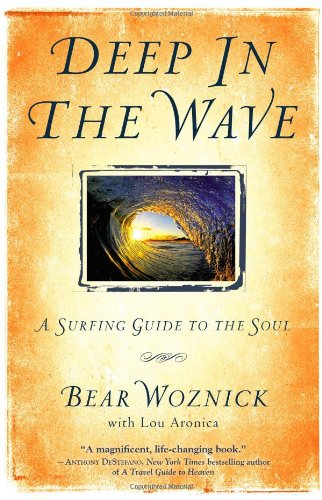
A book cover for Deep in the Wave: A Surfing Guide to the Soul; Bear Woznick; Sports & Outdoors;